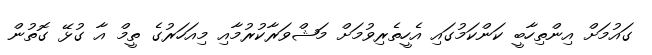
ގައުމަށް އިންތިހާބީ ކަންކަމުގައި އެހީތެރިވުމަށް މަޝްވަރާކުރުމާއި މިއަހަރުގެ ތީމް އާ ގުޅޭ ގޮތުން